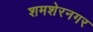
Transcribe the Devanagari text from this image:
शमशेरनगर